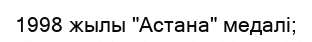
1998 жылы "Астана" медалі;